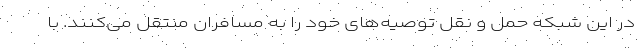
در این شبکه حمل و نقل توصیه‌های خود را به مسافران منتقل می‌کنند. با